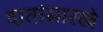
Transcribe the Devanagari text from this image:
दातांसारखे